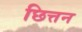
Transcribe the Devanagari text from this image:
छित्तन